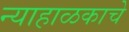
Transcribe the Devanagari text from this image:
न्याहाळकाचे